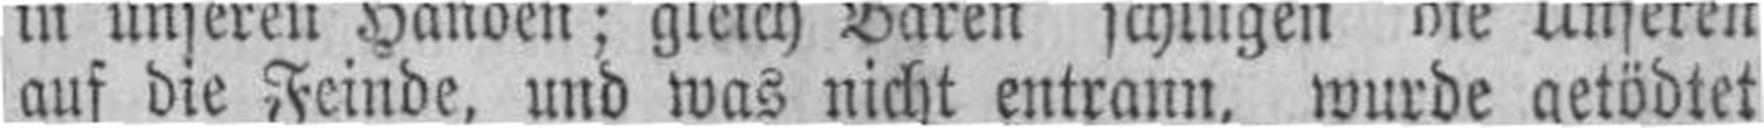
auf die Feinde, und was nicht entrann, wurde getödtet